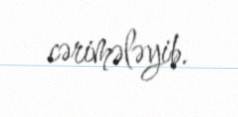
cərimələyib.